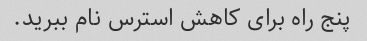
پنج راه برای کاهش استرس نام ببرید.